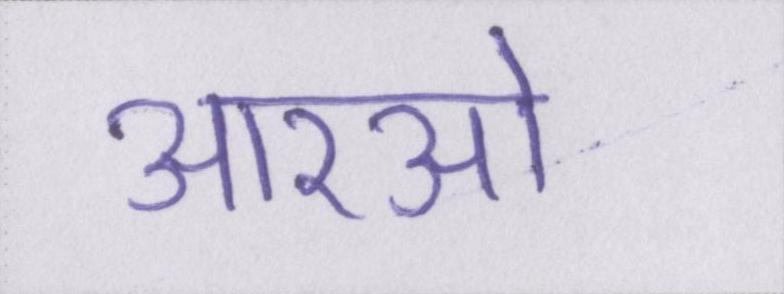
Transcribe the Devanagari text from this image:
आरओ